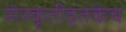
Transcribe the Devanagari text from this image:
संस्कृतीइतकेच